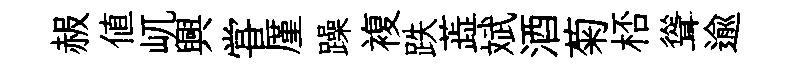
赧值屼興甞厪躁複跌蕋斌酒菊桮聳逾